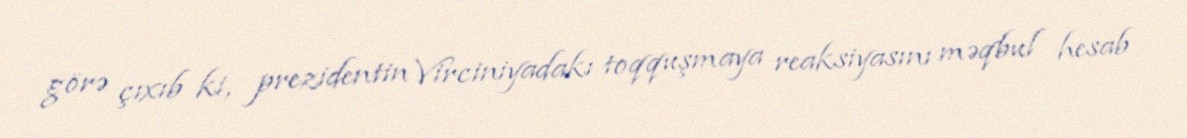
görə çıxıb ki, prezidentin Virciniyadakı toqquşmaya reaksiyasını məqbul hesab